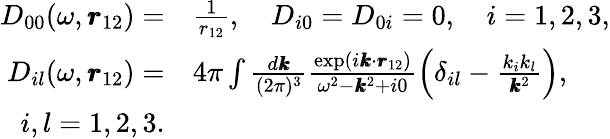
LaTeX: \begin{array}{rl}{D_{00}(\omega,\pmb{r}_{12})=}&{\frac{1}{r_{12}},\quad D_{i0}=D_{0i}=0,\quad i=1,2,3,}\\ {D_{il}(\omega,\pmb{r}_{12})=}&{4\pi\int\frac{d\pmb{k}}{(2\pi)^{3}}\frac{\textrm{exp}(i\pmb{k}\cdot\pmb{r}_{12})}{\omega^{2}-\pmb{k}^{2}+i0}\left(\delta_{il}-\frac{k_{i}k_{l}}{\pmb{k}^{2}}\right),}\\ {i,l=1,2,3.}\end{array}